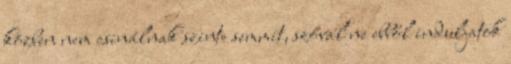
közben nem csinálnak szinte semmit, szóval ne ebből induljatok